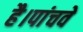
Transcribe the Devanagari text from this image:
है।पांचवे